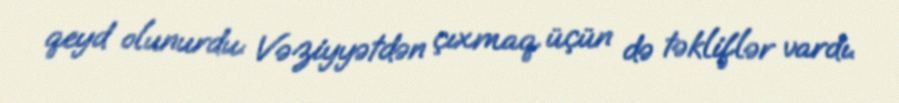
qeyd olunurdu: Vəziyyətdən çıxmaq üçün də təkliflər vardı.